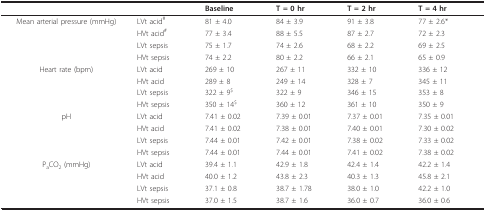
<table><thead><tr><td></td><td></td><td><b>Baseline</b></td><td><b>T = 0 hr</b></td><td><b>T = 2 hr</b></td><td><b>T = 4 hr</b></td></tr></thead><tbody><tr><td>Mean arterial pressure (mmHg)</td><td>LVt acid<sup>#</sup></td><td>81 ± 4.0</td><td>84 ± 3.9</td><td>91 ± 3.8</td><td>77 ± 2.6*</td></tr><tr><td></td><td>HVt acid<sup>#</sup></td><td>77 ± 3.4</td><td>88 ± 5.5</td><td>87 ± 2.7</td><td>72 ± 2.3</td></tr><tr><td></td><td>LVt sepsis</td><td>75 ± 1.7</td><td>74 ± 2.6</td><td>68 ± 2.2</td><td>69 ± 2.5</td></tr><tr><td></td><td>HVt sepsis</td><td>74 ± 2.2</td><td>80 ± 2.2</td><td>66 ± 2.1</td><td>65 ± 0.9</td></tr><tr><td>Heart rate (bpm)</td><td>LVt acid</td><td>269 ± 10</td><td>267 ± 11</td><td>332 ± 10</td><td>336 ± 12</td></tr><tr><td></td><td>HVt acid</td><td>289 ± 8</td><td>249 ± 14</td><td>328 ± 7</td><td>345 ± 11</td></tr><tr><td></td><td>LVt sepsis</td><td>322 ± 9<sup>$</sup></td><td>322 ± 9</td><td>346 ± 15</td><td>353 ± 8</td></tr><tr><td></td><td>HVt sepsis</td><td>350 ± 14<sup>$</sup></td><td>360 ± 12</td><td>361 ± 10</td><td>350 ± 9</td></tr><tr><td>pH</td><td>LVt acid</td><td>7.41 ± 0.02</td><td>7.39 ± 0.01</td><td>7.37 ± 0.01</td><td>7.35 ± 0.01</td></tr><tr><td></td><td>HVt acid</td><td>7.41 ± 0.02</td><td>7.38 ± 0.01</td><td>7.40 ± 0.01</td><td>7.30 ± 0.02</td></tr><tr><td></td><td>LVt sepsis</td><td>7.44 ± 0.01</td><td>7.42 ± 0.01</td><td>7.38 ± 0.02</td><td>7.33 ± 0.02</td></tr><tr><td></td><td>HVt sepsis</td><td>7.44 ± 0.01</td><td>7.44 ± 0.01</td><td>7.41 ± 0.02</td><td>7.38 ± 0.02</td></tr><tr><td>P<sub>a</sub>CO<sub>2 </sub>(mmHg)</td><td>LVt acid</td><td>39.4 ± 1.1</td><td>42.9 ± 1.8</td><td>42.4 ± 1.4</td><td>42.2 ± 1.4</td></tr><tr><td></td><td>HVt acid</td><td>40.0 ± 1.2</td><td>43.8 ± 2.3</td><td>40.3 ± 1.3</td><td>45.8 ± 2.1</td></tr><tr><td></td><td>LVt sepsis</td><td>37.1 ± 0.8</td><td>38.7 ± 1.78</td><td>38.0 ± 1.0</td><td>42.2 ± 1.0</td></tr><tr><td></td><td>HVt sepsis</td><td>37.0 ± 1.5</td><td>38.7 ± 1.6</td><td>36.0 ± 0.7</td><td>36.0 ± 0.6</td></tr></tbody></table>